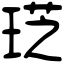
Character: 𤦧